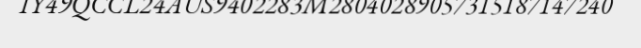
IY49QCCL24AUS9402283M28040289057315187147240